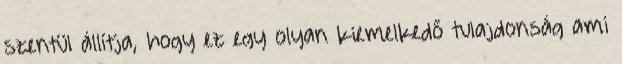
szentül állítja, hogy ez egy olyan kiemelkedő tulajdonság ami